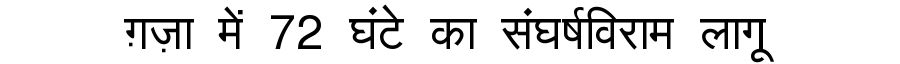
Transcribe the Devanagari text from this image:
ग़ज़ा में 72 घंटे का संघर्षविराम लागू